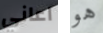
اعاني هو